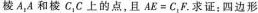
棱A_{1}A和棱C_{1}C上的点，且$$A E = C _ { 1 } F$$.求证：四边形